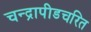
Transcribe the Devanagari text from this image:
चन्द्रापीडचरित